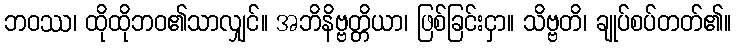
ဘဝဿ၊ ထိုထိုဘဝ၏သာလျှင်။ အဘိနိဗ္ဗတ္တိယာ၊ ဖြစ်ခြင်းငှာ။ သိဗ္ဗတိ၊ ချုပ်စပ်တတ်၏။